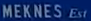
MEKNES Est